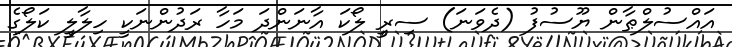
އައްސުލްޠާން ޔޫސުފު (ދެވަނަ) ސިރީ ލޯކަ އާނަންދަ މަހާ ރަދުންނަކީ ހިލާލީ ކަލޯގެ